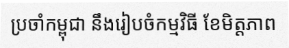
ប្រចាំកម្ពុជា នឹងរៀបចំកម្មវិធី ខែមិត្តភាព